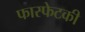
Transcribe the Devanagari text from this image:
फास्फेटकी